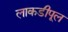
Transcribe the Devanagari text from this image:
लाकडीपूल